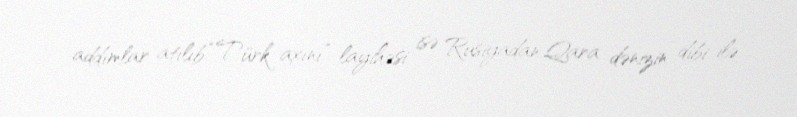
addımlar atılıb.“Türk axını” layihəsi isə Rusiyadan Qara dənizin dibi ilə